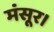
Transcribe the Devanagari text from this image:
मंसूर।